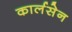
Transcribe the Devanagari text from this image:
कार्लसेन